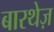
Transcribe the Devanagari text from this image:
बारथेज़